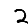
Digit: 2